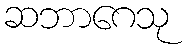
ဆဘာဂေသု